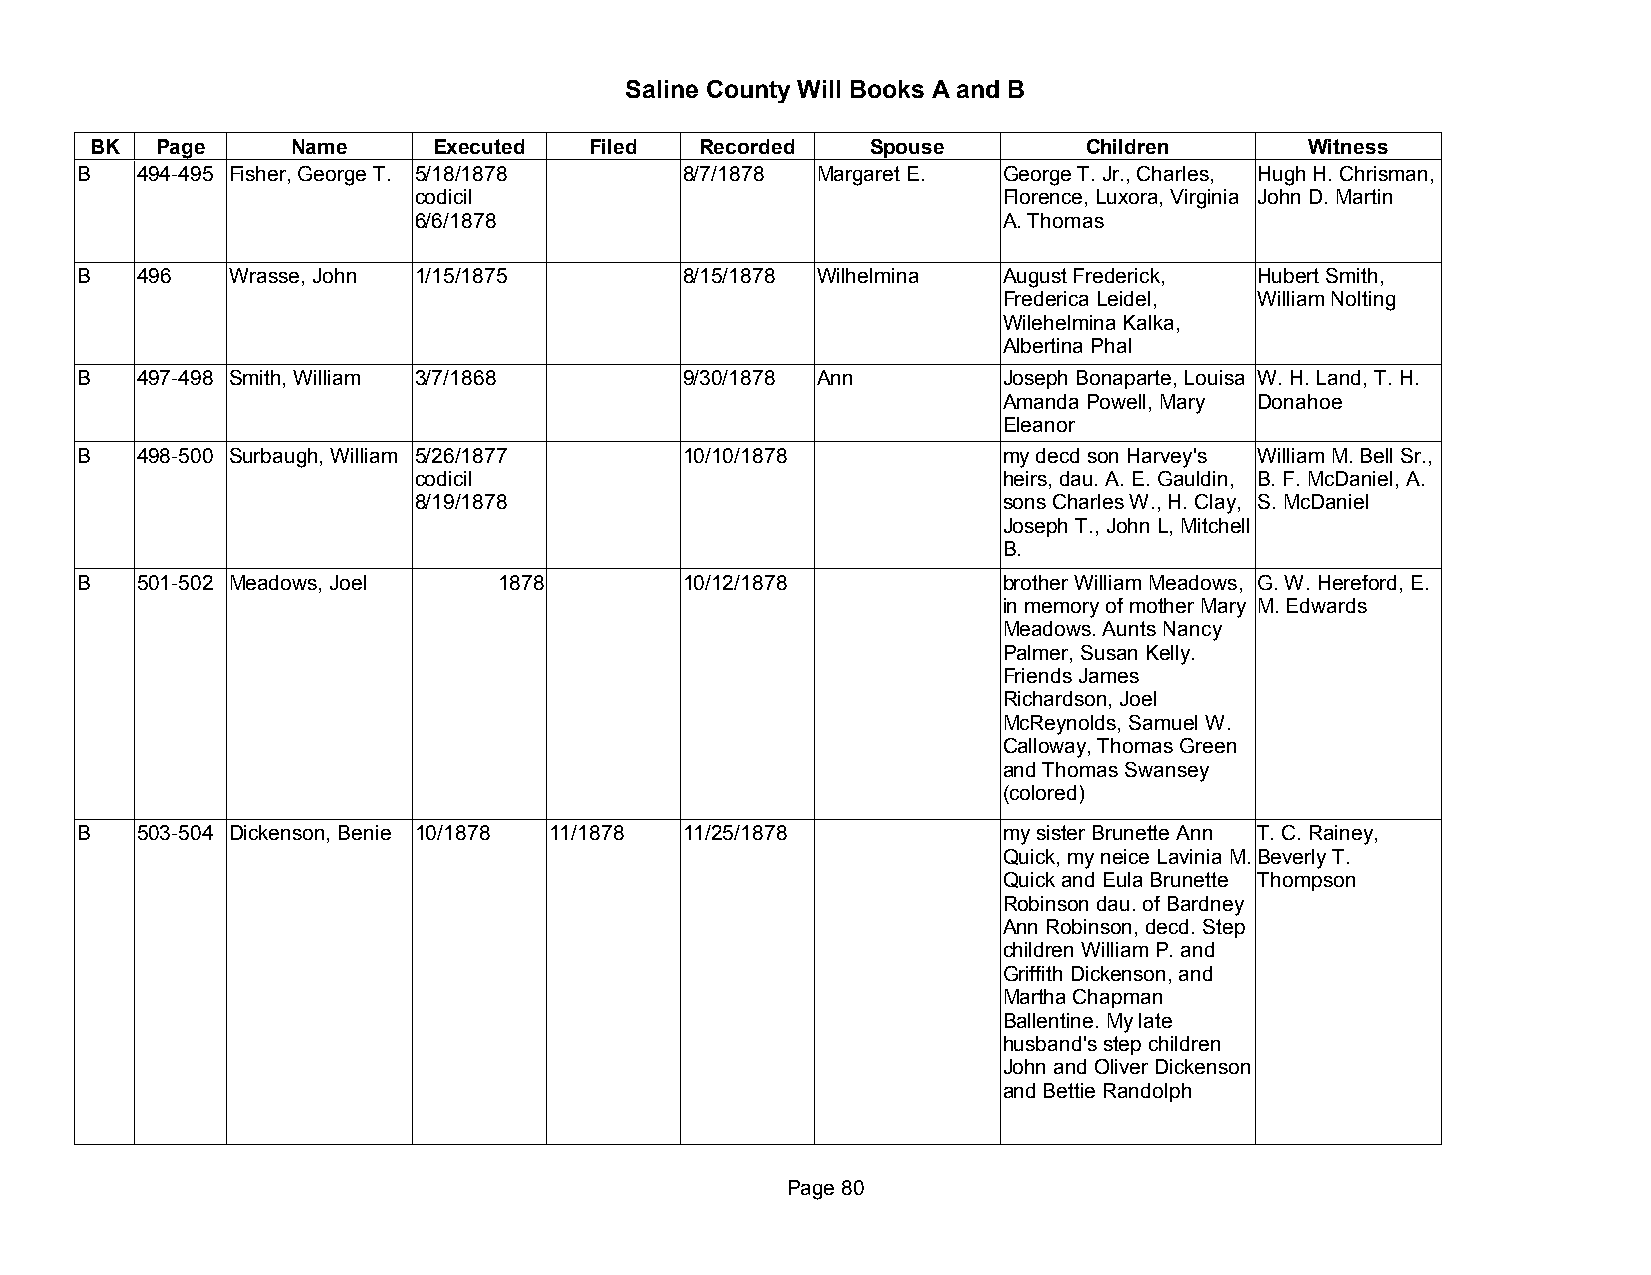
Saline County Will Books A and B
 BK  Page     Name      Executed  Filed  Recorded    Spouse        Children       Witness
 B   494-495 Fisher, George T. 5/18/1878 8/7/1878 Margaret E. George T. Jr., Charles, Hugh H. Chrisman,
 codicil                                Florence, Luxora, Virginia John D. Martin
 6/6/1878                               A. Thomas
 B   496   Wrasse, John 1/15/1875        8/15/1878 Wilhelmina August Frederick, Hubert Smith,
 Frederica Leidel, William Nolting
 Wilehelmina Kalka,
 Albertina Phal
 B   497-498 Smith, William 3/7/1868     9/30/1878 Ann        Joseph Bonaparte, Louisa W. H. Land, T. H.
 Amanda Powell, Mary Donahoe
 Eleanor
 B   498-500 Surbaugh, William 5/26/1877 10/10/1878           my decd son Harvey's William M. Bell Sr.,
 codicil                                heirs, dau. A. E. Gauldin, B. F. McDaniel, A.
 8/19/1878                              sons Charles W., H. Clay, S. McDaniel
 Joseph T., John L, Mitchell
 B.
 B   501-502 Meadows, Joel   1878        10/12/1878           brother William Meadows, G. W. Hereford, E.
 in memory of mother Mary M. Edwards
 Meadows. Aunts Nancy
 Palmer, Susan Kelly.
 Friends James
 Richardson, Joel
 McReynolds, Samuel W.
 Calloway, Thomas Green
 and Thomas Swansey
 (colored)
 B   503-504 Dickenson, Benie 10/1878 11/1878 11/25/1878      my sister Brunette Ann T. C. Rainey,
 Quick, my neice Lavinia M. Beverly T.
 Quick and Eula Brunette Thompson
 Robinson dau. of Bardney
 Ann Robinson, decd. Step
 children William P. and
 Griffith Dickenson, and
 Martha Chapman
 Ballentine. My late
 husband's step children
 John and Oliver Dickenson
 and Bettie Randolph
 Page 80